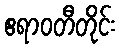
ဧရာဝတီတိုင်း